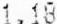
1.18